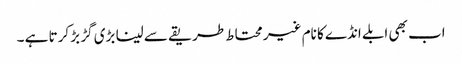
اب بھی ابلے انڈے کا نام غیر محتاط طریقے سے لینا بڑی گڑ بڑ کرتا ہے ۔